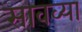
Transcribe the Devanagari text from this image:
सावव्या